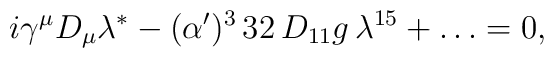
{ i \gamma^\mu D_\mu \lambda^* - (\alpha')^3\,  32\, D_{11}g\, \lambda^{15} + \dots =0,}